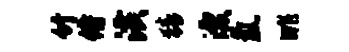
竹侍潢猜漂氲眺